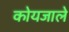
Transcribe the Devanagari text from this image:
कोयजाले